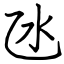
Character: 氹